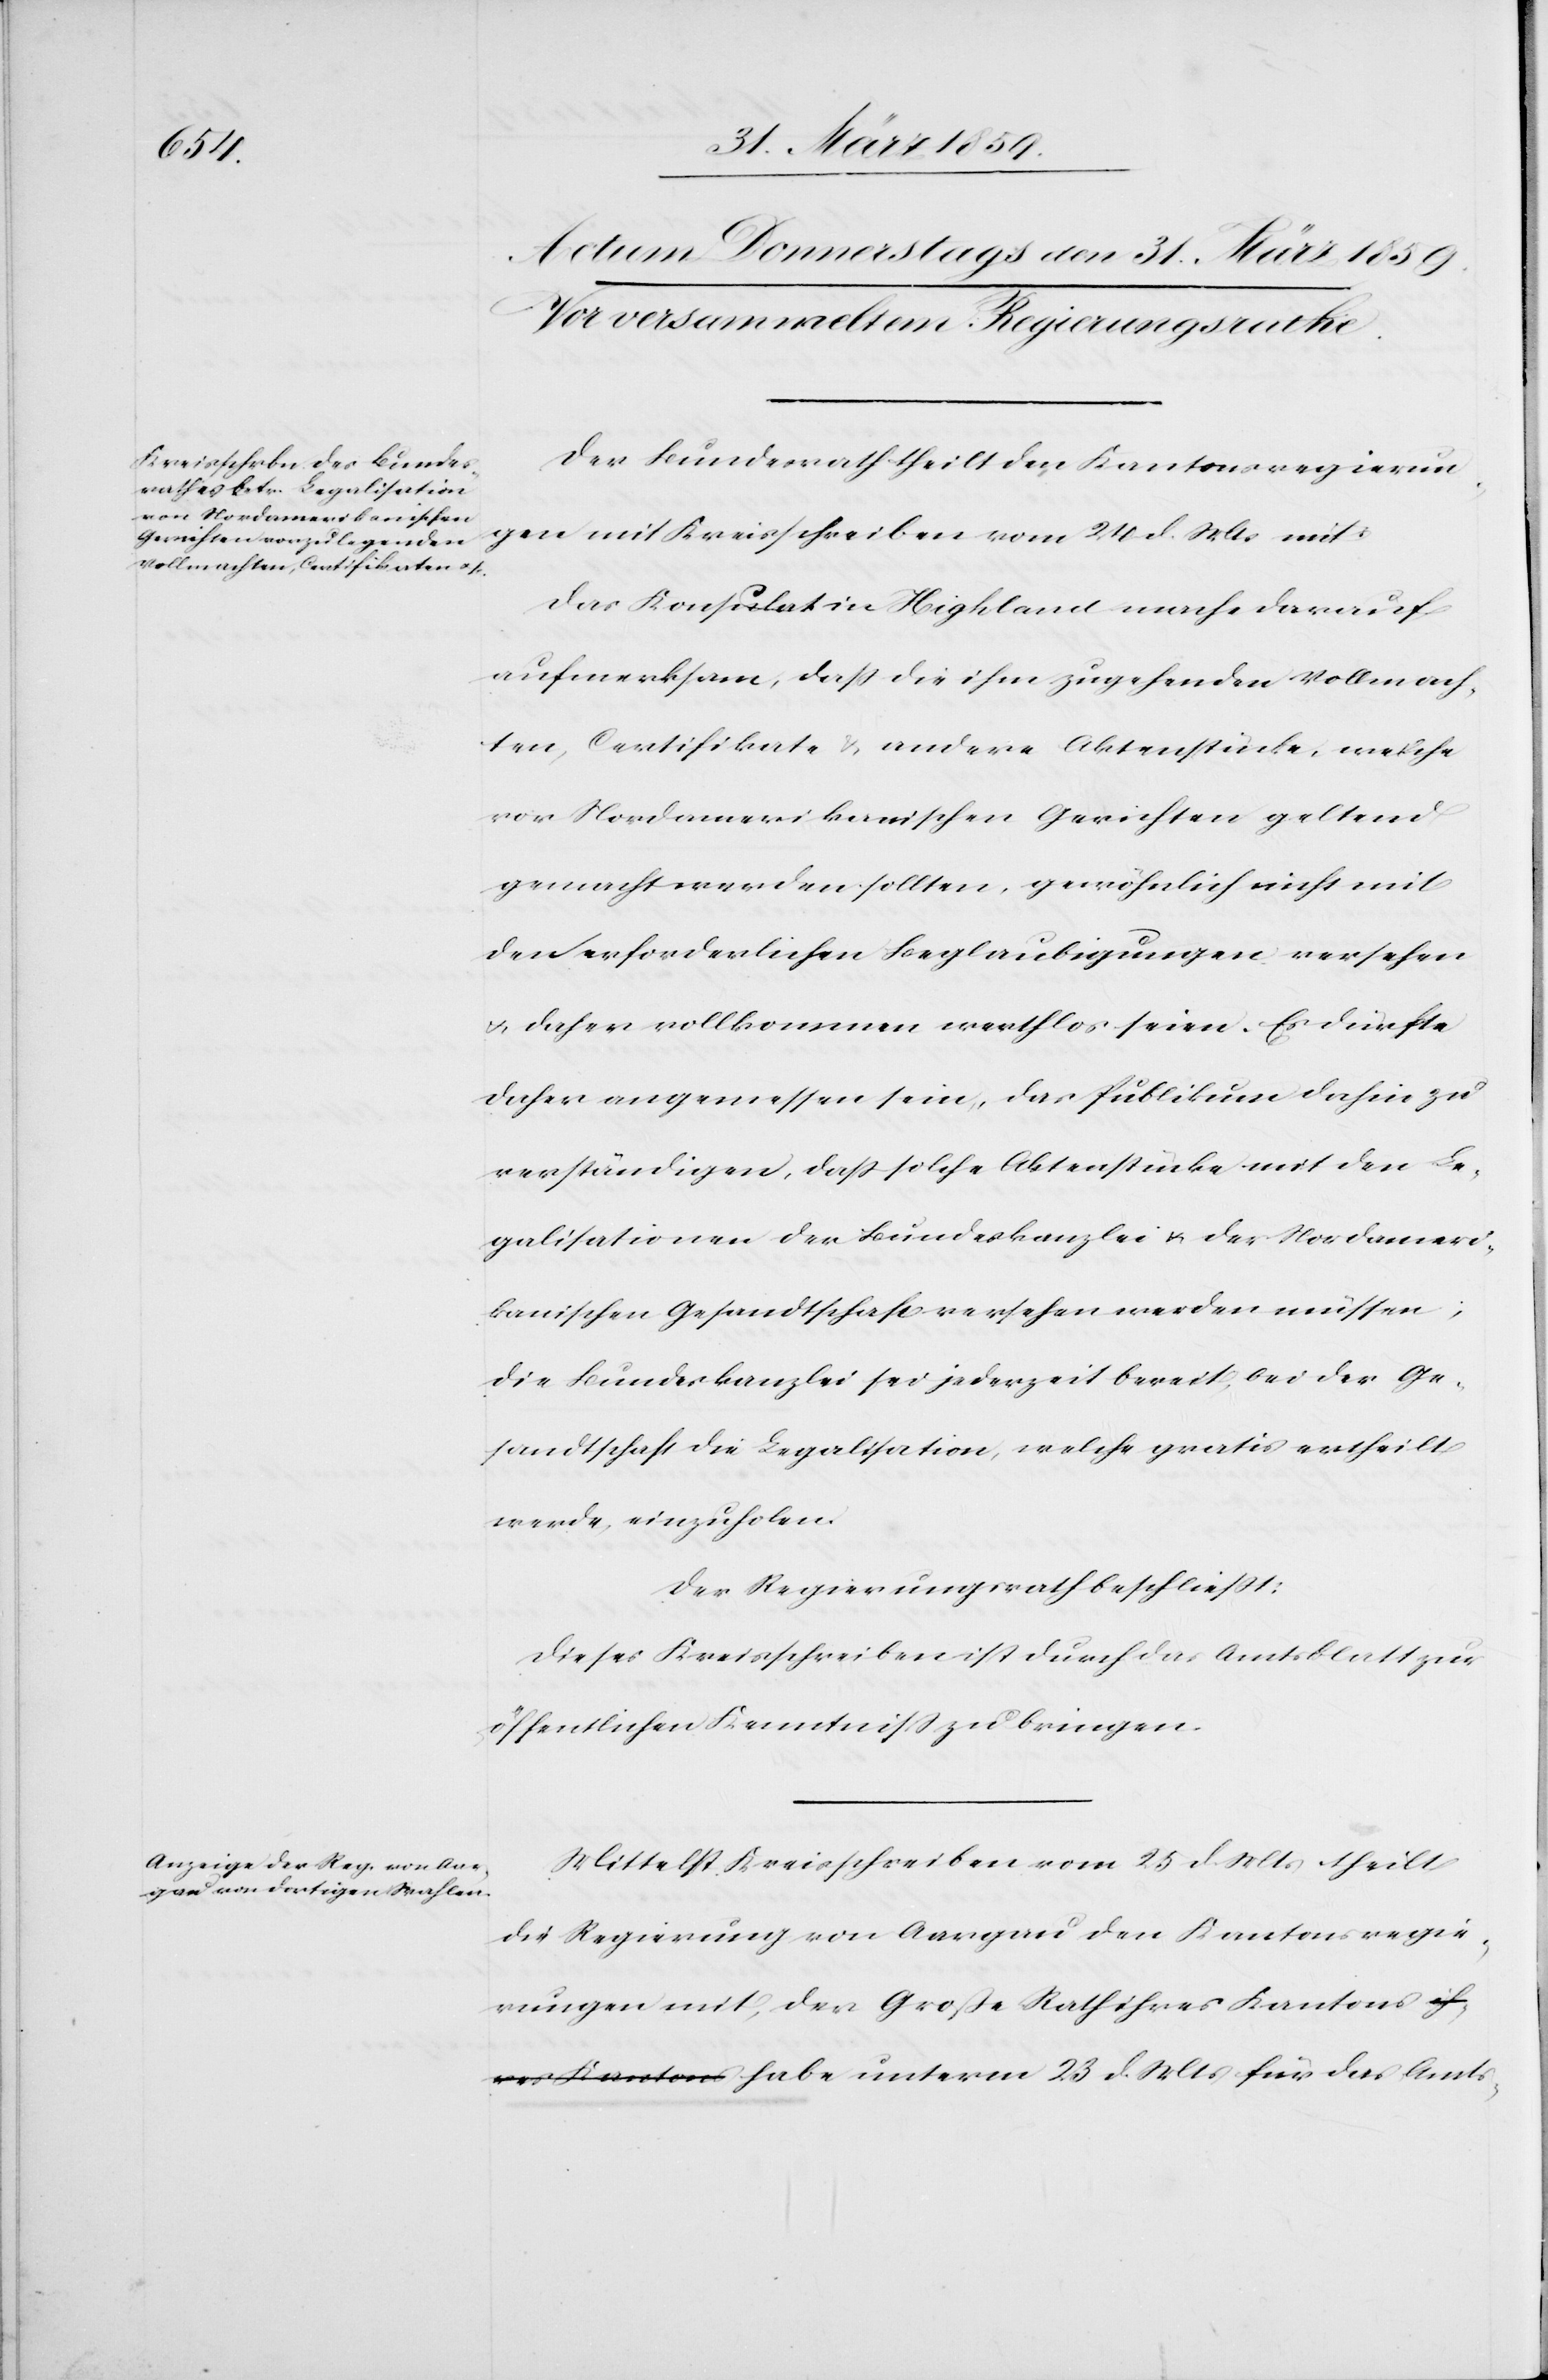
23 d. Mts
Der Bundesrath theilt den Kantonsregierun¬
gen mit Kreisschreiben vom 24 d. Mts mit:
Das Konsulat in Highland mache darauf
aufmerksam, daß die ihm zugehenden Vollmach¬
ten, Certifikate & andere Aktenstücke, welche
vor Nordamerikanischen Gerichten geltend
gemacht werden sollten, gewöhnlich nicht mit
den erforderlichen Beglaubigungen versehen
u. daher vollkommen werthlos seien. Es dürfte
daher angemessen sein, das Publikum dahin zu
verständigen, daß solche Aktenstücke mit den Le¬
galisationen der Bundeskanzlei u. der Nordameri¬
kanischen Gesandtschaft versehen werden müssen;
die Bundeskanzlei sei jederzeit bereit, bei der Ge¬
sandtschaft die Legalisation, welche gratis ertheilt
werde, einzuholen.
Der Regierungsrath beschließt:
Dieses Kreisschreiben ist durch das Amtsblatt zur
öffentlichen Kenntniß zu bringen.
Mittelst Kreisschreiben vom 25 d. Mts theilt
die Regierung von Aargau den Kantonsregie¬
rungen mit, der Große Rath ihres Kantons habe